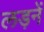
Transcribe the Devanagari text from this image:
लड़नें